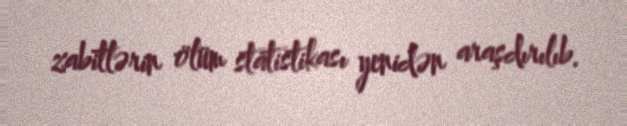
zabitlərin ölüm statistikası yenidən araşdırılıb.